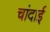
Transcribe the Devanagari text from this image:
चांदाई